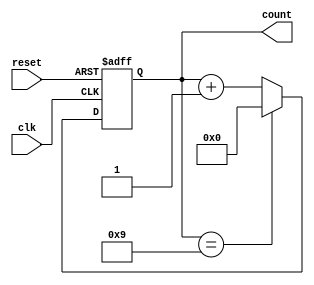
module DecadeCounter (
    input wire clk,        // Clock input
    input wire reset,      // Asynchronous reset
    output reg [3:0] count // 4-bit output for counting from 0 to 9
);

// Asynchronous reset logic and counting behavior
always @(posedge clk or posedge reset) begin
    if (reset) begin
        count <= 4'b0000; // Reset the counter to 0
    end else begin
        if (count == 4'b1001) begin
            count <= 4'b0000; // Reset to 0 after reaching 9
        end else begin
            count <= count + 1; // Increment count
        end
    end
end

endmodule